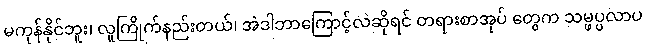
မကုန်နိုင်ဘူး၊ လူကြိုက်နည်းတယ်၊ အဲဒါဘာကြောင့်လဲဆိုရင် တရားစာအုပ် တွေက သမ္ဖပ္ပလာပ